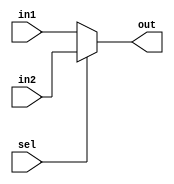
module Mux(
input wire [31:0] in1,in2,
output reg [31:0] out,
input wire sel
);
always @(*) begin
    if(sel==1'b0)
    out=in1;
    else
    out=in2;
end
endmodule